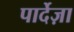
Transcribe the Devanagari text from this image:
पार्देज़ा